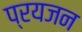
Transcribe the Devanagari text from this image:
प्रयजन